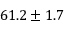
6 1 . 2 \pm { 1 . 7 }